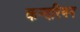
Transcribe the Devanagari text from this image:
कन्दरियन